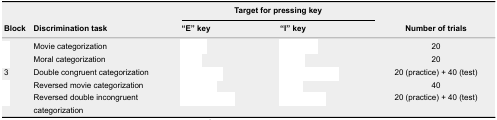
<table><thead><tr><td rowspan="2"><b>Block</b></td><td rowspan="2"><b>Discrimination task</b></td><td colspan="2"><b>Target for pressing key</b></td><td rowspan="2"><b>Number of trials</b></td></tr><tr><td><b>“E” key</b></td><td><b>“I” key</b></td></tr></thead><tbody><tr><td>[EMPTY_CELL]</td><td>Movie categorization</td><td>[EMPTY_CELL]</td><td>[EMPTY_CELL]</td><td>20</td></tr><tr><td>[EMPTY_CELL]</td><td>Moral categorization</td><td>[EMPTY_CELL]</td><td>[EMPTY_CELL]</td><td>20</td></tr><tr><td>3</td><td>Double congruent categorization</td><td>[EMPTY_CELL]</td><td>[EMPTY_CELL]</td><td>20 (practice) + 40 (test)</td></tr><tr><td>[EMPTY_CELL]</td><td>Reversed movie categorization</td><td>[EMPTY_CELL]</td><td>[EMPTY_CELL]</td><td>40</td></tr><tr><td>[EMPTY_CELL]</td><td>Reversed double incongruent categorization</td><td>[EMPTY_CELL]</td><td>[EMPTY_CELL]</td><td>20 (practice) + 40 (test) </td></tr></tbody></table>